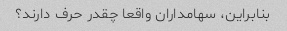
بنابراین، سهامداران واقعا چقدر حرف دارند؟